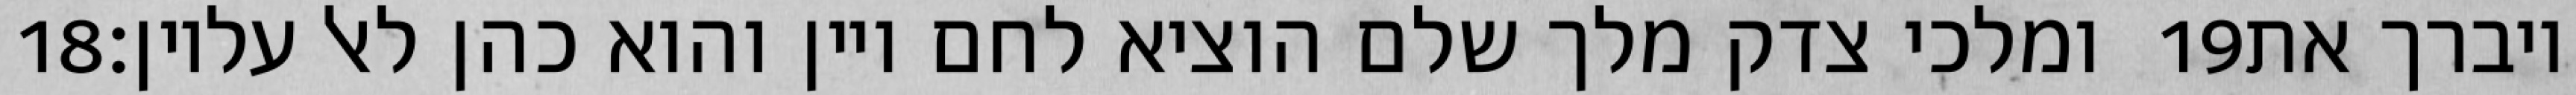
‎18‏ ומלכי צדק מלך שלם הוציא לחם ויין והוא כהן לאל עליון׃ ‎19‏ ויברך את